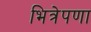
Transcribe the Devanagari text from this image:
भित्रेपणा